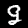
Label: 9